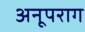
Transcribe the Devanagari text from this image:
अनूपराग